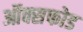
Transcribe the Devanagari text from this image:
ऑक्सफोड